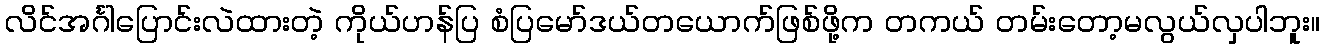
လိင်အင်္ဂါပြောင်းလဲထားတဲ့ ကိုယ်ဟန်ပြ စံပြမော်ဒယ်တယောက်ဖြစ်ဖို့က တကယ် တမ်းတော့မလွယ်လှပါဘူး။